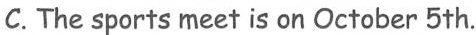
C.The sports meet is on October 5th.